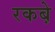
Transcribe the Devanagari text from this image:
रकबे़